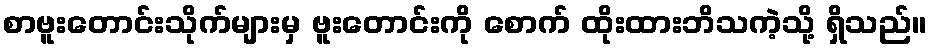
စာဗူးတောင်းသိုက်များမှ ဗူးတောင်းကို စောက် ထိုးထားဘိသကဲ့သို့ ရှိသည်။